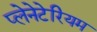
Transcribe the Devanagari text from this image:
प्‍लेनेटेरियम